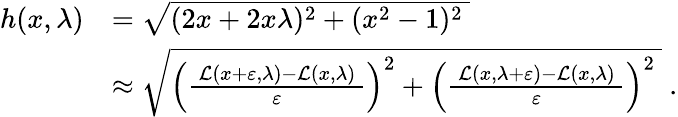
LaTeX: {\begin{array}{rl}{h(x,\lambda)}&{={\sqrt{(2x+2x\lambda)^{2}+(x^{2}-1)^{2}\ }}}\\ &{\approx{\sqrt{\left({\frac{\ {\mathcal{L}}(x+\varepsilon,\lambda)-{\mathcal{L}}(x,\lambda)\ }{\varepsilon}}\right)^{2}+\left({\frac{\ {\mathcal{L}}(x,\lambda+\varepsilon)-{\mathcal{L}}(x,\lambda)\ }{\varepsilon}}\right)^{2}\ }}~.}\end{array}}